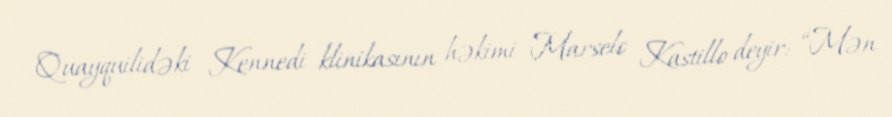
Quayquilidəki Kennedi klinikasının həkimi Marselo Kastillo deyir: “Mən